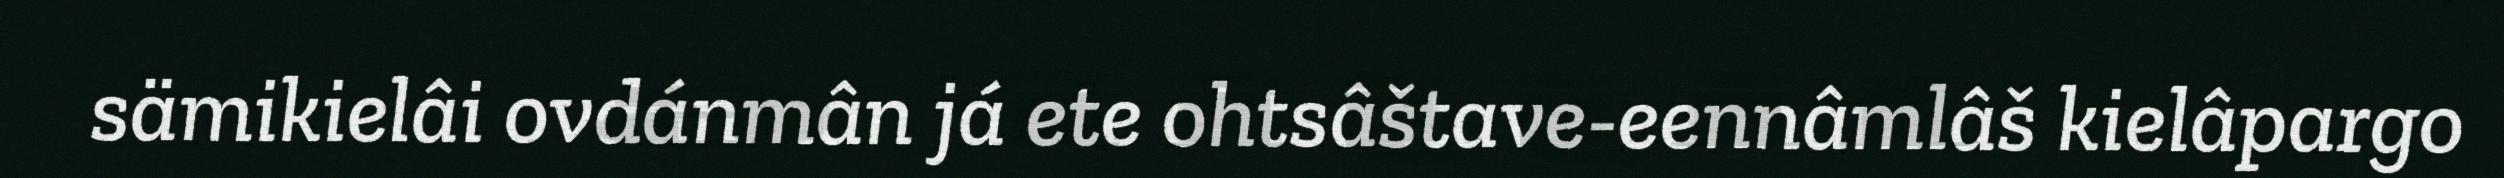
sämikielâi ovdánmân já ete ohtsâštave-eennâmlâš kielâpargo